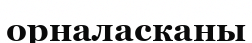
орналасканы